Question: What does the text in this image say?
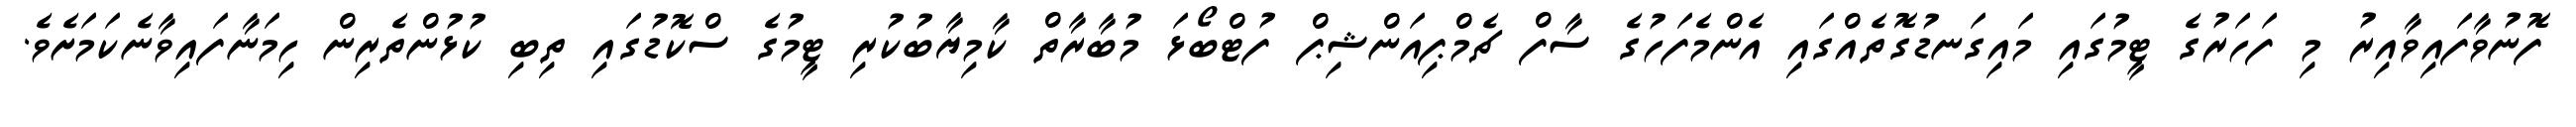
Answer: ފޮނުވާފައިވާއިރު މި ފަހަރުގެ ޓީމުގައި މައިގަނޑުގޮތެއްގައި އެންމެފަހުގެ ސާފް ޗެމްޕިއަންޝިޕް ފުޓްބޯޅަ މުބާރާތް ކާމިޔާބުކުރި ޓީމުގެ ސްކޮޑުގައި ތިބި ކުޅުންތެރިން ހިމަނާފައިވާނެކަމަށެވެ.